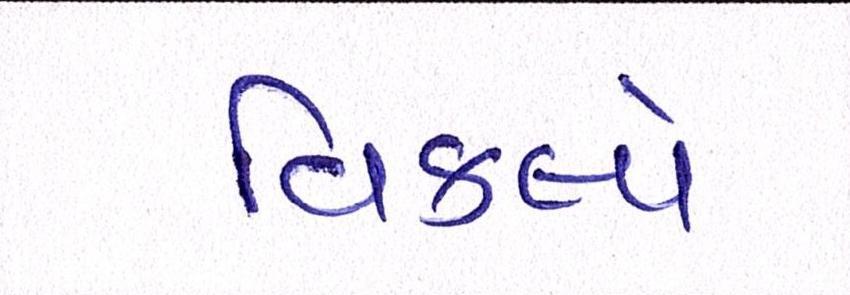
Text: વિકલ્પે